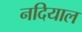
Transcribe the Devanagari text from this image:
नदियाल